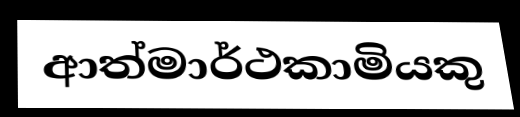
ආත්මාර්ථකාමියකු